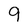
Character: 9